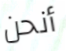
أنحن